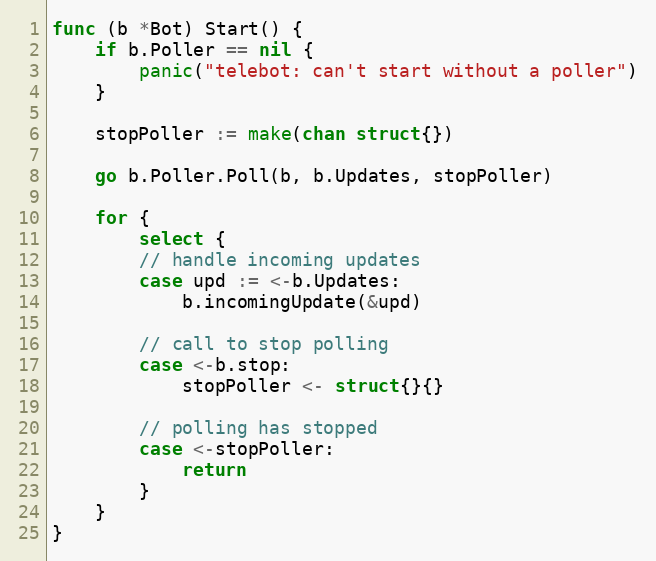
Language: Go
func (b *Bot) Start() {
	if b.Poller == nil {
		panic("telebot: can't start without a poller")
	}

	stopPoller := make(chan struct{})

	go b.Poller.Poll(b, b.Updates, stopPoller)

	for {
		select {
		// handle incoming updates
		case upd := <-b.Updates:
			b.incomingUpdate(&upd)

		// call to stop polling
		case <-b.stop:
			stopPoller <- struct{}{}

		// polling has stopped
		case <-stopPoller:
			return
		}
	}
}